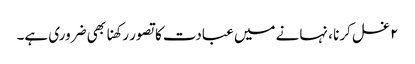
۲ غسل کرنا ، نہانے میں عبادت کا تصور رکھنا بھی ضروری ہے۔